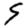
Digit: 9